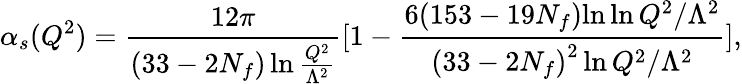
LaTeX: \alpha_{s}(Q^{2})={\frac{12\pi}{(33-2N_{f})\ln{\frac{Q^{2}}{\Lambda^{2}}}}}[1-{\frac{6(153-19N_{f}){\ln\ln{Q^{2}/{\Lambda^{2}}}}}{{(33-2N_{f})}^{2}\ln{Q^{2}/\Lambda^{2}}}}],